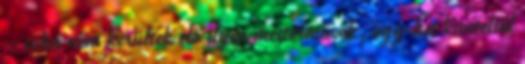
– soha nem kerültek elő ilyen mesterművek, egy-két kivételtől